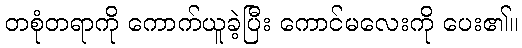
တစုံတရာကို ကောက်ယူခဲ့ပြီး ကောင်မလေးကို ပေး၏။